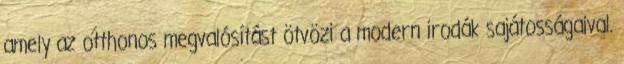
amely az otthonos megvalósítást ötvözi a modern irodák sajátosságaival.